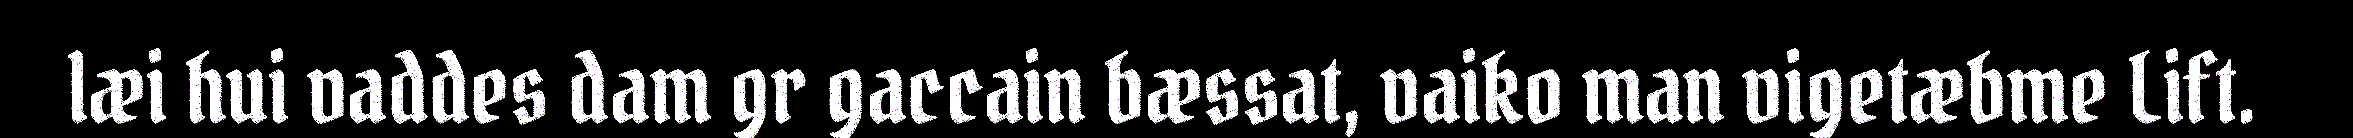
læi hui vaddes dam gr gaccain bæssat, vaiko man vigetæbme Lift.